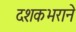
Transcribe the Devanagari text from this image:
दशकभराने